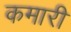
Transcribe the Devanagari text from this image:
कमारी